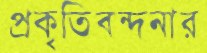
প্রকৃতিবন্দনার